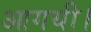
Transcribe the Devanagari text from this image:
आगयी।